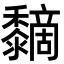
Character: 𪐏